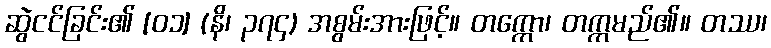
ဆွဲငင်ခြင်း၏ [၀၁] (နိ၊ ၃၇၄) အစွမ်းအားဖြင့်။ တက္ကော၊ တက္ကမည်၏။ တဿ၊